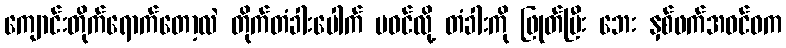
ကျောင်းတိုက်ရောက်တော့လဲ တိုက်တံခါးပေါက် မဝင်လို့ တံခါးကို ဖြုတ်ပြီး ဘေး နှစ်ဖက်အဝင်ဝက